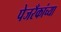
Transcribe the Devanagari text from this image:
पेजरँकांच्या